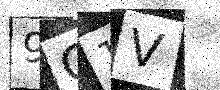
Text: 9Q1V